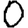
Digit: 0